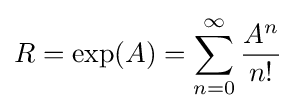
R=\exp(A)=\sum _{n=0}^{\infty }{\frac {A^{n}}{n!}}